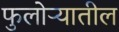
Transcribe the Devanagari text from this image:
फुलोऱ्यातील